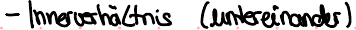
- Innerverhältnis (untereinander)